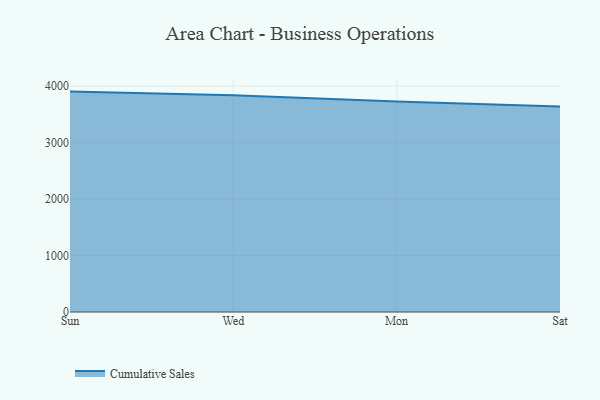
{"axis": {"x": "Day", "y": "Demand Index"}, "legend": ["Cumulative Sales"], "data": [{"x": "Sun", "y": 3902.2, "type": "Cumulative Sales"}, {"x": "Wed", "y": 3839.0, "type": "Cumulative Sales"}, {"x": "Mon", "y": 3725.8, "type": "Cumulative Sales"}, {"x": "Sat", "y": 3636.5, "type": "Cumulative Sales"}]}